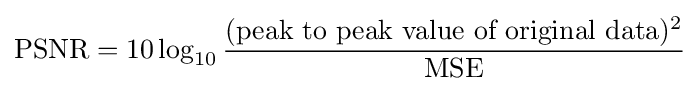
{\text{PSNR}}=10\log _{10}{\frac {({\text{peak to peak value of original data}})^{2}}{\text{MSE}}}